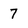
Character: 7